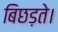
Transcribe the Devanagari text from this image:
बिछड़ते।